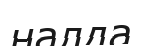
налда